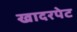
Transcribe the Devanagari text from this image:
खादरपेट